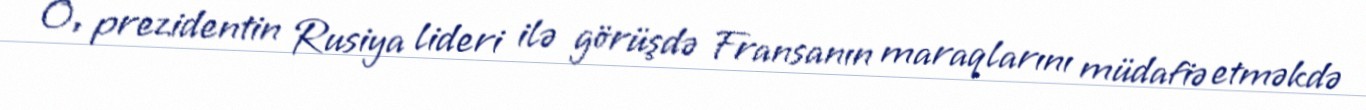
O, prezidentin Rusiya lideri ilə görüşdə Fransanın maraqlarını müdafiə etməkdə